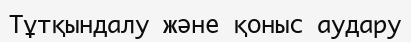
Тұтқындалу және қоныс аудару